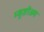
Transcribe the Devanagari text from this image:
म्यूज़ीअम